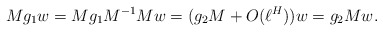
\begin{align*}Mg_1w = Mg_1M^{-1} Mw = (g_2 M + O(\ell^H)) w=g_2Mw.\end{align*}